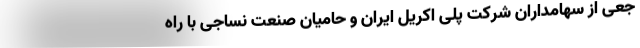
جعی از سهامداران شرکت پلی اکریل ایران و حامیان صنعت نساجی با راه‌